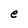
Character: e